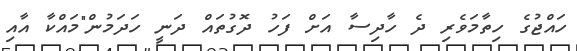
ހައްޖުގެ ހިތާމަވެރި ދެ ހާދިސާ އަށް ފަހު ދޮގުތައް ދަނީ ހަދަމުން"މައްކާ އާއި